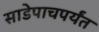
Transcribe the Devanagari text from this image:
साडेपाचपर्यंत